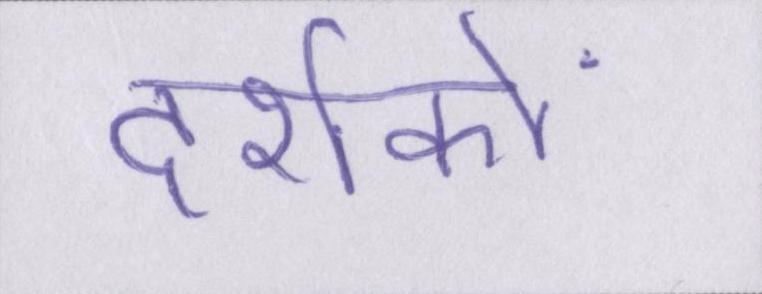
दर्शकों